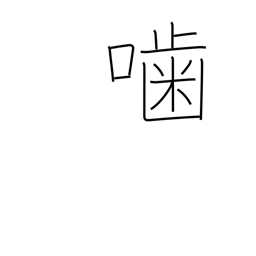
Meaning: gnaw